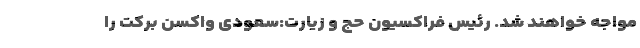
مواجه خواهند شد. رئیس فراکسیون حج و زیارت:سعودی واکسن برکت را‌‌‌‌‌‌‌‌